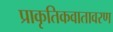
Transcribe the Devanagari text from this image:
प्राकृतिकवातावरण